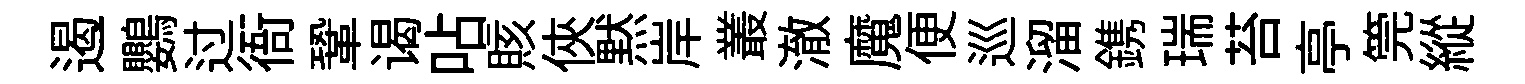
遏鸚过衙鞏谒呫賅俠黙岸叢澈魔便巡溜鎸瑞苔亭筦縱